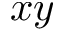
x y